Leaving Certificate Examination, 1922
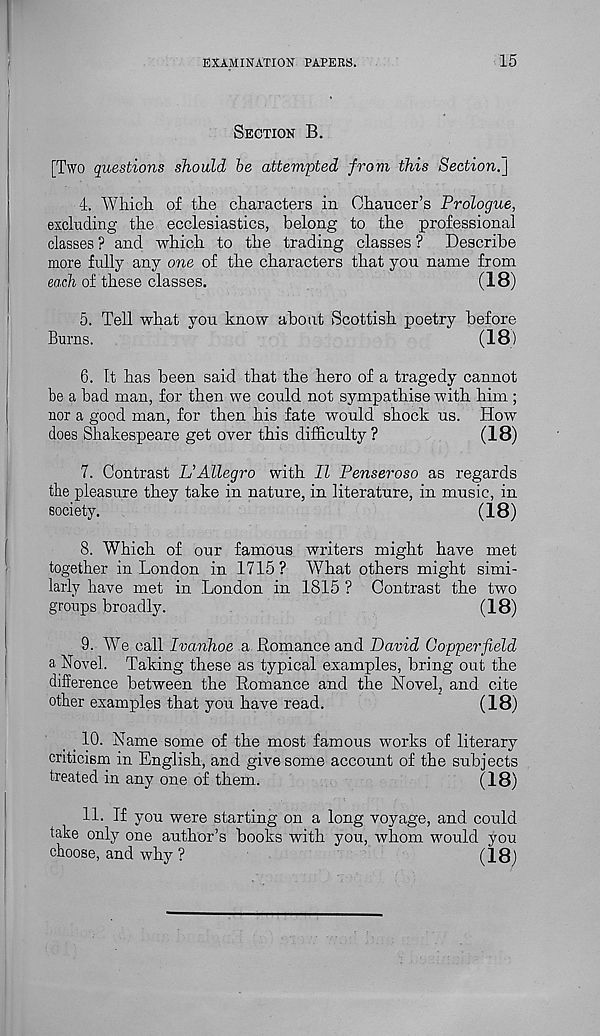
EXAMINATION PAPERS.
15
SECTION B.
[Two questions should be attempted from this Section.'}
4. AVliicli of the characters in Chaucer’s Prologue,
excluding the ecclesiastics, belong to the professional
classes ? and which to the trading classes ? Describe
more fully any one of the characters that you name from
each of these classes.
(18)
5. Tell what you know about Scottish poetry before
Burns.
(18)
6. It has been said that the hero of a tragedy cannot
be a bad man, for then we could not sympathise with him ;
nor a good man, for then his fate would shock us. How
does Shakespeare get over this difficulty?
(18)
7. Contrast L’Allegro with II Penseroso as regards
the pleasure they take in nature, in literature, in music, in
society.
(18)
8. Which of our famous writers might have met
together in London in 1715 ? What others might simi-
larly have met in London in 1815 ? Contrast the two
groups broadly.
(18)
9. We call Ivanhoe a Romance and David Copper field
a Novel. Taking these as typical examples, bring out the
difference between the Romance and the Novel_, and cite
other examples that you have read.
(18)
_ 10. Name some of the most famous works of literary
criticism in English, and give some account of the subjects
treated in any one of them.
(18)
11. If you were starting on a long voyage, and could
take only one author’s books with you, whom would you
choose, and why ?
(18)